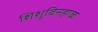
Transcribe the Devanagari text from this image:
शिशुविनहाळ